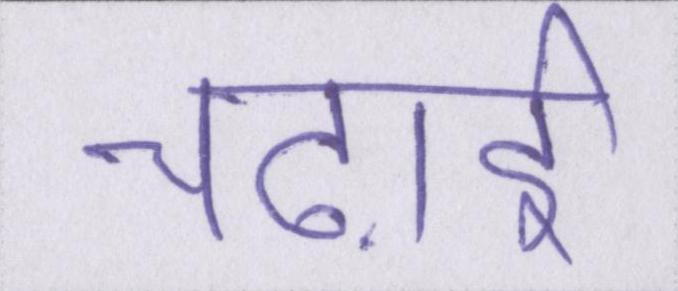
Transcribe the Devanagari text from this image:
चढ़ाई